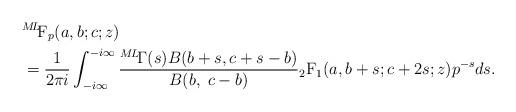
LaTeX: \begin{align*} &{}^{M\!L\!\!}\textrm{F}_{p}(a,b;c;z)& \\ & = \frac{1}{2\pi i} \int_{-i\infty}^{-i\infty}\frac{{}^{M\!L\!}\Gamma(s)B(b+s,c+s-b)}{B(b,\; c-b)} {}_{2}\textrm{F}_{1}(a,b+s;c+2s;z)p^{-s}ds.&\end{align*}